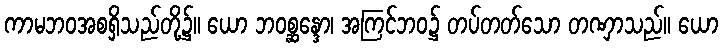
ကာမဘဝအစရှိသည်တို့၌။ ယော ဘဝစ္ဆန္ဒော၊ အကြင်ဘဝ၌ တပ်တတ်သော တဏှာသည်။ ယော